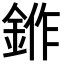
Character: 𬫛